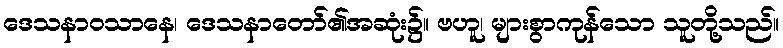
ဒေသနာဝသာနေ၊ ဒေသနာတော်၏အဆုံး၌။ ဗဟူ၊ များစွာကုန်သော သူတို့သည်။